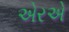
એરએ